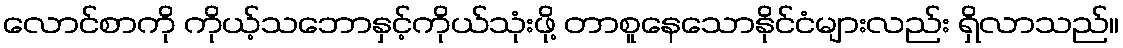
လောင်စာကို ကိုယ့်သဘောနှင့်ကိုယ်သုံးဖို့ တာစူနေသောနိုင်ငံများလည်း ရှိလာသည်။